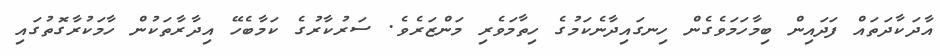
އާދަކާދަތައް ފަދައިން ބިމާހަމަވެގެން ހިނގައިދާނެކަމުގެ ހިތާމަވެރި މަންޒަރެވެ. ސަރުކާރުގެ ކަމާބެހޭ އިދާރާތަކުން ހާމަކުރާގޮތުގައި